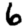
Digit: 6